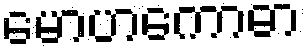
မောဟကောဓာ